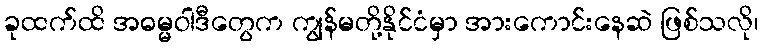
ခုထက်ထိ အဓမ္မဝါဒီတွေက ကျွန်မတို့နိုင်ငံမှာ အားကောင်းနေဆဲ ဖြစ်သလို၊